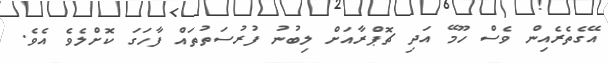
އޭގެތެރެއިން ވެސް ހޫމޭ އަދި ޗޮޕްރާއަށް ލިބުނު ފުރުސަތުތައް ފާހަގަ ކޮށްލެވެ އެވެ.